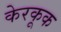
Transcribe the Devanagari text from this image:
केरकूक